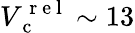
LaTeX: V_{\mathrm{~c~}}^{\mathrm{~r~e~l~}}\sim 13